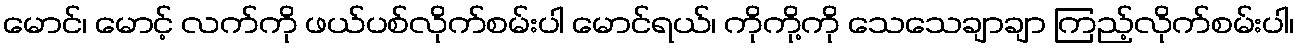
မောင်၊ မောင့် လက်ကို ဖယ်ပစ်လိုက်စမ်းပါ မောင်ရယ်၊ ကိုကို့ကို သေသေချာချာ ကြည့်လိုက်စမ်းပါ၊